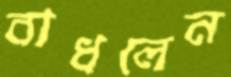
বাধলেন